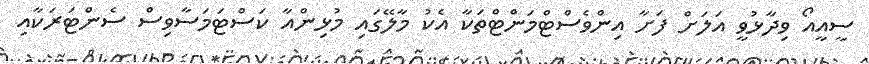
ސީއީއޯ ވިދާޅުވީ އަލަށް ފަށާ އިންވެސްޓްމަންޓްތަކާ އެކު މާލޭގައި މުޅިންއާ ކަސްޓަމަސާވިސް ސެންޓަރަކާއި